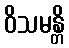
ဝိသမန္တိ